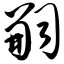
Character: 嗣